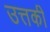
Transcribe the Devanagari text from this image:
उत्तकी